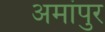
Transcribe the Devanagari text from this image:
अमांपुर